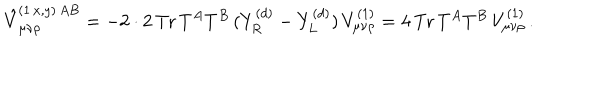
LaTeX: \hat { V } _ { \mu \nu \rho } ^ { ( 1 \, x , y ) \, A B } = - 2 \cdot 2 \, \mathrm { T r } \, T ^ { A } T ^ { B } \, ( Y _ { R } ^ { ( d ) } - Y _ { L } ^ { ( d ) } ) \, V _ { \mu \nu \rho } ^ { ( 1 ) } = 4 \, \mathrm { T r } \, T ^ { A } T ^ { B } \, V _ { \mu \nu \rho } ^ { ( 1 ) } \, .